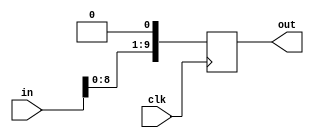
module mult_by_2 (in, out, clk);
// Inputs
input		[ 9: 0]	in;
input					clk;

//	Outputs
output	[ 9: 0]	out;

// Registers
reg		[ 9: 0]	out;

initial
out = 10'd0;

always@(posedge clk)
begin
	out = in << 1;
end
endmodule